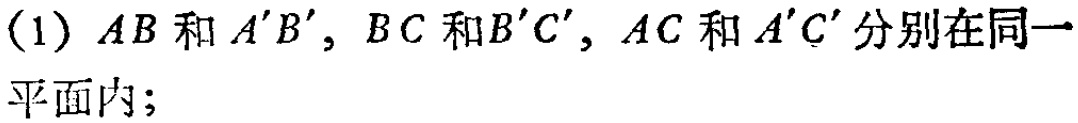
(1) \(AB\)和\(A'B'\)，\(BC\)和\(B'C'\)，\(AC\)和\(A'C'\)分别在同一平面内；